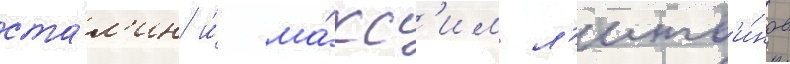
ста́л'ин и́ ма́кс'им л'итв'и́нов